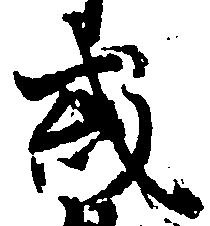
或